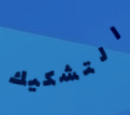
التشكيك